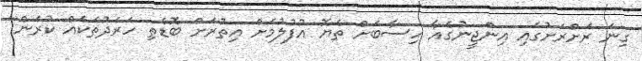
ގިނަ ރަށްރަށުގައި އިންޖީނުގެއާ ހިސާބަށް ތެޔޮ އުފުލުމަށް އިތުރަށް ބޮޑެތި ހަރަދުތަކެއް ކުރަން